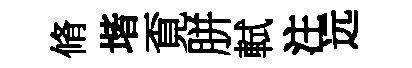
脩堦覔胼軾注远